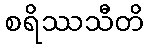
စရိဿသီတိ